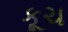
કૂચ